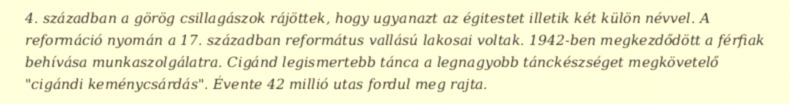
4. században a görög csillagászok rájöttek, hogy ugyanazt az égitestet illetik két külön névvel. A reformáció nyomán a 17. században református vallású lakosai voltak. 1942-ben megkezdődött a férfiak behívása munkaszolgálatra. Cigánd legismertebb tánca a legnagyobb tánckészséget megkövetelő "cigándi keménycsárdás". Évente 42 millió utas fordul meg rajta.